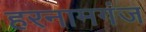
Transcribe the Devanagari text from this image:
हरनामगंज